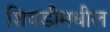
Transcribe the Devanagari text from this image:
शिवडीमधील